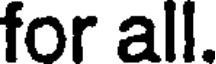
for all.